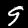
Digit: 9